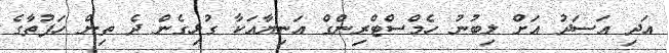
އަދި އަސަދު އަށް ލިބުނު ހެމްސްޓްރިންގް އަނިޔާއަކާ ގުޅިގެން ދެ ތިން ހަފުތާގެ